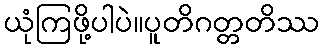
ယုံကြဖို့ပါပဲ။ပူတိဂတ္တတိဿ